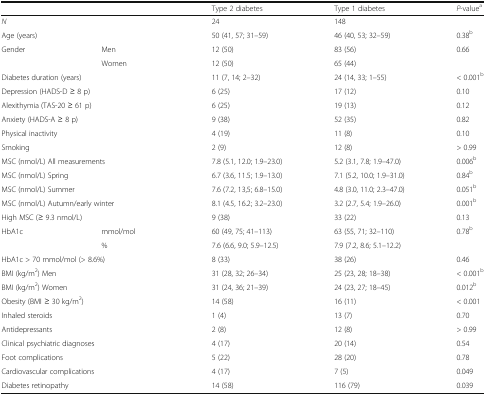
<table><thead><tr><td colspan="2"></td><td><b>Type 2 diabetes</b></td><td><b>Type 1 diabetes</b></td><td><b><i>P-</i>value<sup>a</sup></b></td></tr></thead><tbody><tr><td colspan="2"><i>N</i></td><td>24</td><td>148</td><td></td></tr><tr><td colspan="2">Age (years)</td><td>50 (41, 57; 31–59)</td><td>46 (40, 53; 32–59)</td><td>0.38<sup>b</sup></td></tr><tr><td rowspan="2">Gender</td><td>Men</td><td>12 (50)</td><td>83 (56)</td><td rowspan="2">0.66</td></tr><tr><td>Women</td><td>12 (50)</td><td>65 (44)</td></tr><tr><td colspan="2">Diabetes duration (years)</td><td>11 (7, 14; 2–32)</td><td>24 (14, 33; 1–55)</td><td>&lt; 0.001<sup>b</sup></td></tr><tr><td colspan="2">Depression (HADS-D ≥ 8 p)</td><td>6 (25)</td><td>17 (12)</td><td>0.10</td></tr><tr><td colspan="2">Alexithymia (TAS-20 ≥ 61 p)</td><td>6 (25)</td><td>19 (13)</td><td>0.12</td></tr><tr><td colspan="2">Anxiety (HADS-A ≥ 8 p)</td><td>9 (38)</td><td>52 (35)</td><td>0.82</td></tr><tr><td colspan="2">Physical inactivity</td><td>4 (19)</td><td>11 (8)</td><td>0.10</td></tr><tr><td colspan="2">Smoking</td><td>2 (9)</td><td>12 (8)</td><td>&gt; 0.99</td></tr><tr><td colspan="2">MSC (nmol/L) All measurements</td><td>7.8 (5.1, 12.0; 1.9–23.0)</td><td>5.2 (3.1, 7.8; 1.9–47.0)</td><td>0.006<sup>b</sup></td></tr><tr><td colspan="2">MSC (nmol/L) Spring</td><td>6.7 (3.6, 11.5; 1.9–13.0)</td><td>7.1 (5.2, 10.0; 1.9–31.0)</td><td>0.84<sup>b</sup></td></tr><tr><td colspan="2">MSC (nmol/L) Summer</td><td>7.6 (7.2, 13,5; 6.8–15.0)</td><td>4.8 (3.0, 11.0; 2.3–47.0)</td><td>0.051<sup>b</sup></td></tr><tr><td colspan="2">MSC (nmol/L) Autumn/early winter</td><td>8.1 (4.5, 16.2; 3.2–23.0)</td><td>3.2 (2.7, 5.4; 1.9–26.0)</td><td>0.001<sup>b</sup></td></tr><tr><td colspan="2">High MSC (≥ 9.3 nmol/L)</td><td>9 (38)</td><td>33 (22)</td><td>0.13</td></tr><tr><td rowspan="2">HbA1c</td><td>mmol/mol</td><td>60 (49, 75; 41–113)</td><td>63 (55, 71; 32–110)</td><td rowspan="2">0.78<sup>b</sup></td></tr><tr><td>%</td><td>7.6 (6.6, 9.0; 5.9–12.5)</td><td>7.9 (7.2, 8.6; 5.1–12.2)</td></tr><tr><td colspan="2">HbA1c &gt; 70 mmol/mol (&gt; 8.6%)</td><td>8 (33)</td><td>38 (26)</td><td>0.46</td></tr><tr><td colspan="2">BMI (kg/m<sup>2</sup>) Men</td><td>31 (28, 32; 26–34)</td><td>25 (23, 28; 18–38)</td><td>&lt; 0.001<sup>b</sup></td></tr><tr><td colspan="2">BMI (kg/m<sup>2</sup>) Women</td><td>31 (24, 36; 21–39)</td><td>24 (23, 27; 18–45)</td><td>0.012<sup>b</sup></td></tr><tr><td colspan="2">Obesity (BMI ≥ 30 kg/m<sup>2</sup>)</td><td>14 (58)</td><td>16 (11)</td><td>&lt; 0.001</td></tr><tr><td colspan="2">Inhaled steroids</td><td>1 (4)</td><td>13 (7)</td><td>0.70</td></tr><tr><td colspan="2">Antidepressants</td><td>2 (8)</td><td>12 (8)</td><td>&gt; 0.99</td></tr><tr><td colspan="2">Clinical psychiatric diagnoses</td><td>4 (17)</td><td>20 (14)</td><td>0.54</td></tr><tr><td colspan="2">Foot complications</td><td>5 (22)</td><td>28 (20)</td><td>0.78</td></tr><tr><td colspan="2">Cardiovascular complications</td><td>4 (17)</td><td>7 (5)</td><td>0.049</td></tr><tr><td colspan="2">Diabetes retinopathy</td><td>14 (58)</td><td>116 (79)</td><td>0.039</td></tr></tbody></table>